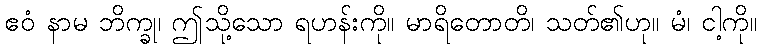
ဧဝံ နာမ ဘိက္ခု၊ ဤသို့သော ရဟန်းကို။ မာရိတောတိ၊ သတ်၏ဟု။ မံ၊ ငါ့ကို။